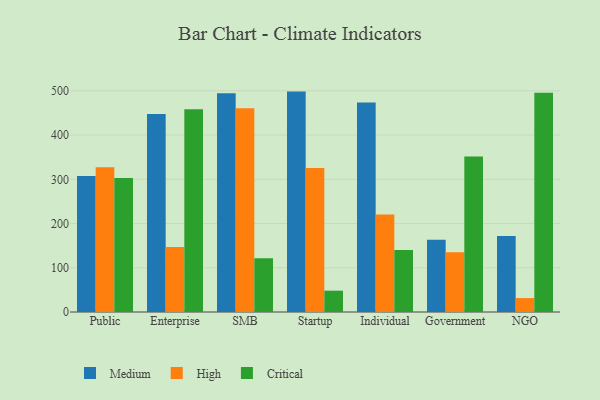
{"axis": {"x": "Segment", "y": "Customer Acquisition Cost (USD)"}, "legend": ["Critical", "High", "Medium"], "data": [{"x": "Public", "y": 307.5, "type": "Medium"}, {"x": "Public", "y": 327.4, "type": "High"}, {"x": "Public", "y": 302.7, "type": "Critical"}, {"x": "Enterprise", "y": 447.6, "type": "Medium"}, {"x": "Enterprise", "y": 146.7, "type": "High"}, {"x": "Enterprise", "y": 458.3, "type": "Critical"}, {"x": "SMB", "y": 494.4, "type": "Medium"}, {"x": "SMB", "y": 460.7, "type": "High"}, {"x": "SMB", "y": 121.6, "type": "Critical"}, {"x": "Startup", "y": 498.3, "type": "Medium"}, {"x": "Startup", "y": 325.7, "type": "High"}, {"x": "Startup", "y": 48.2, "type": "Critical"}, {"x": "Individual", "y": 473.4, "type": "Medium"}, {"x": "Individual", "y": 220.7, "type": "High"}, {"x": "Individual", "y": 140.4, "type": "Critical"}, {"x": "Government", "y": 163.6, "type": "Medium"}, {"x": "Government", "y": 134.9, "type": "High"}, {"x": "Government", "y": 351.5, "type": "Critical"}, {"x": "NGO", "y": 171.9, "type": "Medium"}, {"x": "NGO", "y": 31.5, "type": "High"}, {"x": "NGO", "y": 495.9, "type": "Critical"}]}